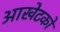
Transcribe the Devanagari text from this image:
आखेटकों